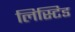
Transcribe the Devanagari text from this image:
लिस्टिड